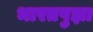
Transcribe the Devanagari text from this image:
भारतपुझा